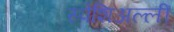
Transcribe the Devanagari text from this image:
स्पेशिअल्ली